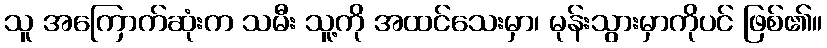
သူ အကြောက်ဆုံးက သမီး သူ့ကို အထင်သေးမှာ၊ မုန်းသွားမှာကိုပင် ဖြစ်၏။